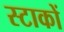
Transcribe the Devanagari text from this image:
स्टाकों